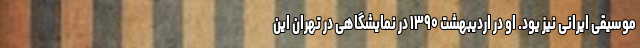
موسیقی ایرانی نیز یود. او در اردیبهشت ۱۳۹۰ در نمایشگاهی در تهران این